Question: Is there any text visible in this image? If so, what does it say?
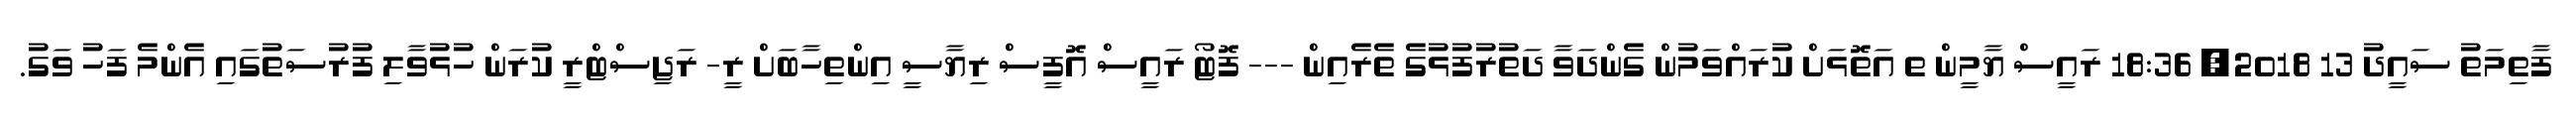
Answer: ފާތިމަތު ސައީދު 13 2018, 18:36 ރައީސް ޔާމީން ތ އަތޮޅަށް ކުރައްވަމުން ގެންދަވާ ދަތުރުފުޅުގެ ތެރެއިން --- ފޮޓޯ ރައީސް އޮފީސް ރިޔާސީ އިންތިހާބަށް ރީ- ރަޖިސްޓްރީ ކުރަން ހުޅުވާލި ފުރުސަތުގައި އެންމެ ފަހު ވަގު.